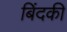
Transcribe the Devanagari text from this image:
बिंदकी